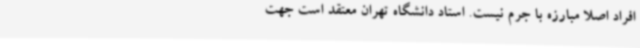
افراد اصلاً مبارزه با جرم نیست. استاد دانشگاه تهران معتقد است جهت